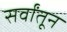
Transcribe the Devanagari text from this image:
सर्वांतून